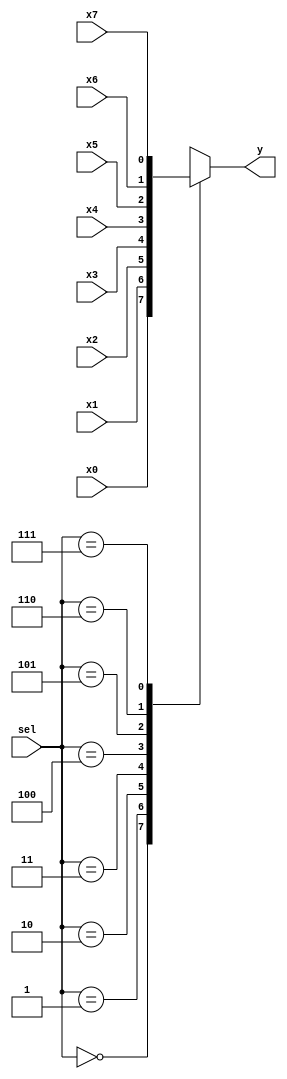
//-----------------------------------------------------------------------------
// General-purpose miscellany.
//
// Jonathan Westhues, April 2006.
//-----------------------------------------------------------------------------

module mux8(sel, y, x0, x1, x2, x3, x4, x5, x6, x7);
    input [2:0] sel;
    input x0, x1, x2, x3, x4, x5, x6, x7;
    output y;
    reg y;

always @(x0 or x1 or x2 or x3 or x4 or x5 or x6 or x7 or sel)
begin
    case (sel)
        3'b000: y = x0;
        3'b001: y = x1;
        3'b010: y = x2;
        3'b011: y = x3;
        3'b100: y = x4;
        3'b101: y = x5;
        3'b110: y = x6;
        3'b111: y = x7;
    endcase
end

endmodule